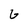
Character: G